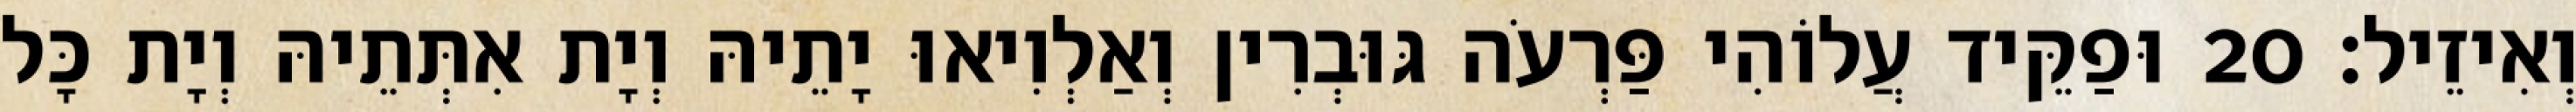
וְאִיזֵיל׃ 20 וּפַקֵּיד עֲלוֹהִי פַּרְעֹה גּוּבְרִין וְאַלְוִיאוּ יָתֵיהּ וְיָת אִתְּתֵיהּ וְיָת כָּל